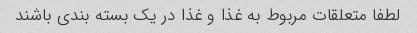
لطفا متعلقات مربوط به غذا و غذا در یک بسته بندی باشند